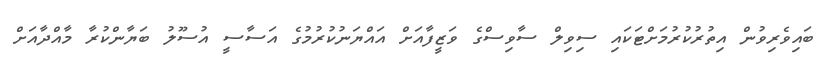
ބައިވެރިވުން އިތުރުކުރުމަށްޓަކައި ސިވިލް ސާވިސްގެ ވަޒީފާއަށް އައްޔަނުކުރުމުގެ އަސާސީ އުސޫލު ބަޔާންކުރާ މާއްދާއަށް